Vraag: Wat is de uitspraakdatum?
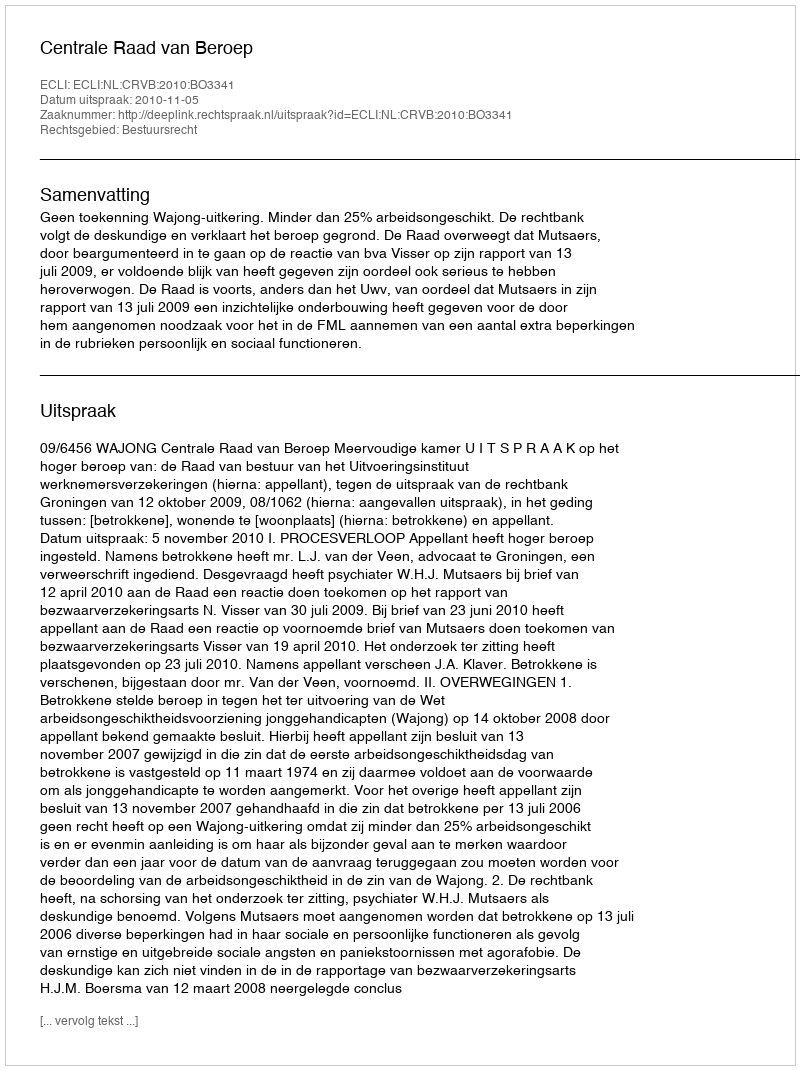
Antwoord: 2010-11-05